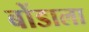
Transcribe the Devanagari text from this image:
बोंडाला